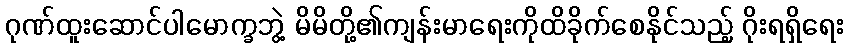
ဂုဏ်ထူးဆောင်ပါမောက္ခဘွဲ့ မိမိတို့၏ကျန်းမာရေးကိုထိခိုက်စေနိုင်သည့် ဂိုးရရှိရေး